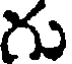
గు